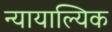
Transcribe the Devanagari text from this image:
न्यायाल्यिक